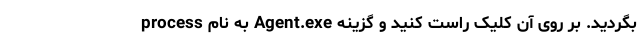
process به نام Agent.exe بگردید. بر روی آن کلیک راست کنید و گزینه